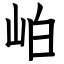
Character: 岶